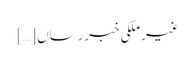
غیرملکی خبررساں […]